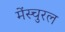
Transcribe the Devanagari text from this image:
मेंस्चुरल